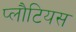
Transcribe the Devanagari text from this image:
प्लौटियस